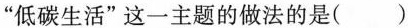
”低碳生活”这一主题的做法的是()